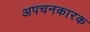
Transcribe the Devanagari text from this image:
अपचनकारक